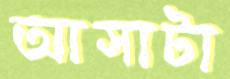
আসাটা